Report of the Municipal Commissioner on the plague in Bombay for the year ending 31st May... - Volume 2
Disease focus: Plague
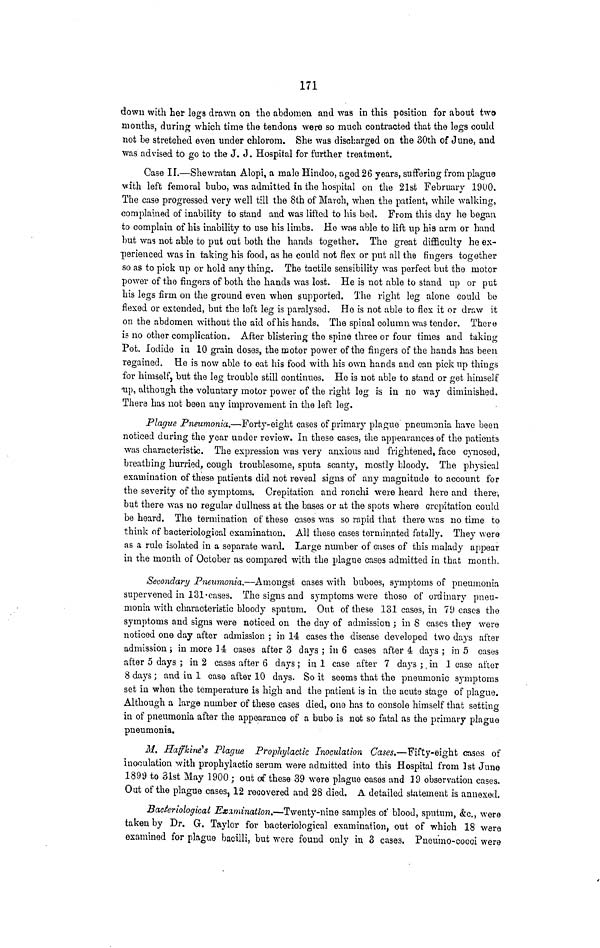
171
down with her legs drawn on the abdomen and was in this position for about two
months, during which time the tendons were so much contracted that the legs could
hot be stretched even under chlorom. She was discharged on the 30th of June, and
was advised to go to the J. J. Hospital for further treatment.
Case II.—Shewratan Alopi, a male Hindoo, aged 26 years, suffering from plague
with left femoral bubo, was admitted in the hospital on the 21st February 1900.
The case progressed very well till the 8th of March, when the patient, while walking,
complained of inability to stand and was lifted to his bed. From this day he began
to complain of his inability to use his limbs. He was able to lift up his arm or hand
but was not able to put out both the hands together. The great difficulty he ex-
perienced was in taking his food, as he could not flex or put all the fingers together
so as to pick up or hold any thing. The tactile sensibility was perfect but the motor
power of the fingers of both the hands was lost. He is not able to stand up or put
his legs firm on the ground even when supported. The right leg alone could be
flexed or extended, but the loft leg is paralysed. Ho is not able to flex it or draw it
on the abdomen without the aid of his hands. The spinal column was tender. There
is no other complication. After blistering the spine three or four times and taking
Pot. Iodide in 10 grain doses, the motor power of the fingers of the hands has been
regained. He is now able to eat his food with his own hands and can pick up things
for himself, but the leg trouble still continues. He is not able to stand or get himself
•up, although the voluntary motor power of the right leg is in no way diminished.
There has not been any improvement in the left leg.
Plague Pneumonia.—Forty-eight cases of primary plague pneumonia have been
noticed during the year under review. In these cases, the appearances of the patients
was characteristic. The expression was very anxious and frightened, face cynosed,
breathing hurried, cough troublesome, sputa scanty, mostly bloody. The physical
examination of these patients did not reveal signs of any magnitude to account for
the severity of the symptoms. Crepitation and ronchi were heard here and there-,
but there was no regular dullness at the bases or at the spots where crepitation could
be heard. The termination of these cases was so rapid that there was no time to
think of bacteriological examination. All these cases terminated fatally. They were
as a rule isolated in a separate ward. Large number of cases of this malady appear
in the month of October as compared with the plague cases admitted in that month.
Secondary Pneumonia.—Amongst cases with buboes, symptoms of pneumonia
supervened in 131-cases. The signs and symptoms wore those of ordinary pneu-
monia with characteristic bloody sputum. Out of these 131 cases, in 79 cases the
symptoms and signs were noticed on the day of admission ; in 8 cases they were
noticed one day after admission ; in 14 cases the disease developed two da}-s after
admission; in more 14 cases after 3 days; in 6 cases after 4 days; in 5 cases
after 5 days ; in 2 cases after 6 days ; in 1 case after 7 days ;, in 1 case after
8 days; and in 1 case after 10 days. So it seems that the pneumonic symptoms
set in when the temperature is high and the patient is in the acute stage of plague.
Although a large number of these cases died, one has to console himself that setting
in of pneumonia after the appearance of a bubo is not so fatal as the primary plague
pneumonia.
M. Haffkine's Plague Prophylactic Inoculation Cases.—Fifty-eight cases of
inoculation with prophylactic serum were admitted into this Hospital from 1st June
1899 to 31st May 1900 ; out of these 39 were plague cases and 39 observation cases.
Out of the plague cases, 12 recovered and 28 died. A detailed statement is annexed.
Bacteriological Examination.—Twenty-nine samples of blood, sputum, &c., were
taken by Dr. G. Taylor for bacteriological examination, out of which 18 were
examined for plague bacilli, but were found only in 3 cases. Pneumo-cocci were